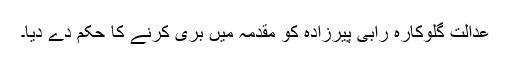
عدالت گلوکارہ رابی پیرزادہ کو مقدمہ میں بری کرنے کا حکم دے دیا۔